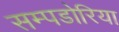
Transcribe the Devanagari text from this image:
सम्पडोरिया